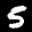
Label: 5